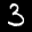
Label: 3